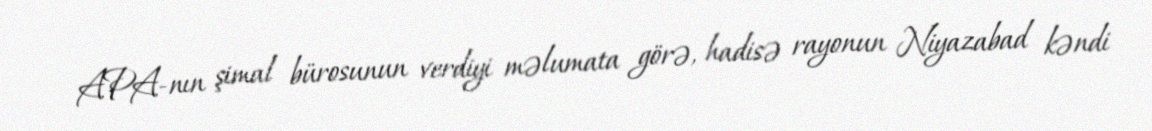
APA-nın şimal bürosunun verdiyi məlumata görə, hadisə rayonun Niyazabad kəndi